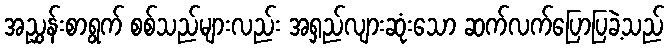
အညွှန်းစာရွက် စစ်သည်များလည်း အရှည်လျားဆုံးသော ဆက်လက်ပြောပြခဲ့သည်